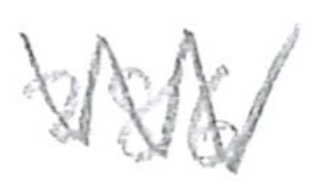
Text: 286
Cross-out: zig-zag
Writing tool: pencil